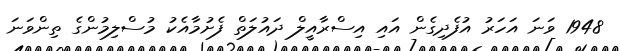
1948 ވަނަ އަހަރު އުފެދިގެން އައި އިސްރާއީލް ދައުލަތް ފެށުމާއެކު މުސްލިމުންގެ ތިންވަނަ